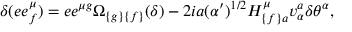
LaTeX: \delta ( e e _ { { f } } ^ { \mu } ) = e e ^ { \mu { g } } \Omega _ { { \{ g \} \{ f \} } } ( \delta ) - 2 i a ( \alpha ^ { \prime } ) ^ { { 1 / 2 } } H _ { { \{ f \} a } } ^ { \mu } v _ { \alpha } ^ { { a } } \delta \theta ^ { \alpha } ,